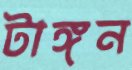
টাঙ্গন